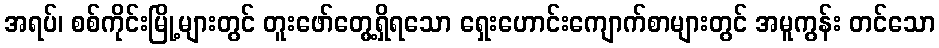
အရပ်၊ စစ်ကိုင်းမြို့များတွင် တူးဖော်တွေ့ရှိရသော ရှေးဟောင်းကျောက်စာများတွင် အမူကွန်း တင်သော